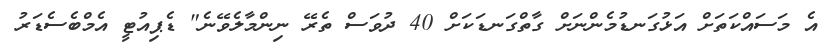
އެ މަސައްކަތަށް އަޅުގަނޑުމެންނަށް ގާތްގަނޑަކަށް 40 ދުވަސް ތެރޭ ނިންމާލެވޭނެ" ޑެޕިއުޓީ އެމްބެސެޑަރު